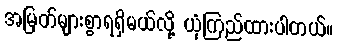
အမြတ်များစွာရရှိမယ်လို့ ယုံကြည်ထားပါတယ်။